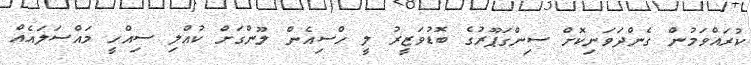
ކުރައްވަމުން ގެންދަވަނިކޮށް ސިންގަޕޫރުގެ ބޮޑުވަޒީރު ލީ ހްސިއެން ލޫންގަށް ކުއްލި ސިއްހީ މައްސަލައެއް